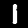
Digit: 1